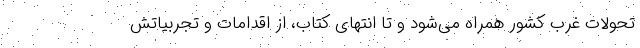
تحولات غرب کشور همراه می‌شود و تا انتهای کتاب، از اقدامات و تجربیاتش